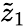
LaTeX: \tilde{z}_{1}